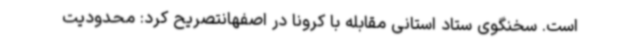
است. سخنگوی ستاد استانی مقابله با کرونا در اصفهانتصریح کرد: محدودیت